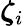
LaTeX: \boldsymbol{\zeta}_{i}